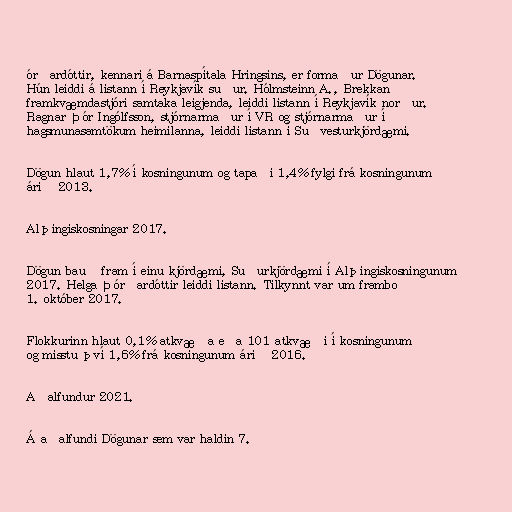
órðardóttir, kennari á Barnaspítala Hringsins, er formaður Dögunar.
Hún leiddi á listann í Reykjavík suður. Hólmsteinn A., Brekkan
framkvæmdastjóri samtaka leigjenda, leiddi listann í Reykjavík norður.
Ragnar Þór Ingólfsson, stjórnarmaður í VR og stjórnarmaður í
hagsmunasamtökum heimilanna, leiddi listann í Suðvesturkjördæmi.

Dögun hlaut 1,7% í kosningunum og tapaði 1,4% fylgi frá kosningunum
árið 2013.

Alþingiskosningar 2017.

Dögun bauð fram í einu kjördæmi, Suðurkjördæmi í Alþingiskosningunum
2017. Helga Þórðardóttir leiddi listann. Tilkynnt var um framboð
1. október 2017.

Flokkurinn hlaut 0,1% atkvæða eða 101 atkvæði í kosningunum
og misstu því 1,6% frá kosningunum árið 2016.

Aðalfundur 2021.

Á aðalfundi Dögunar sem var haldin 7.